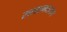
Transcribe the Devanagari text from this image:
सलामतराय